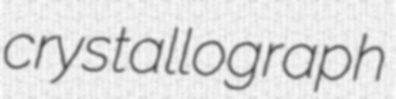
crystallograph